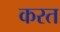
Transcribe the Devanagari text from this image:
करत